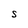
Character: S